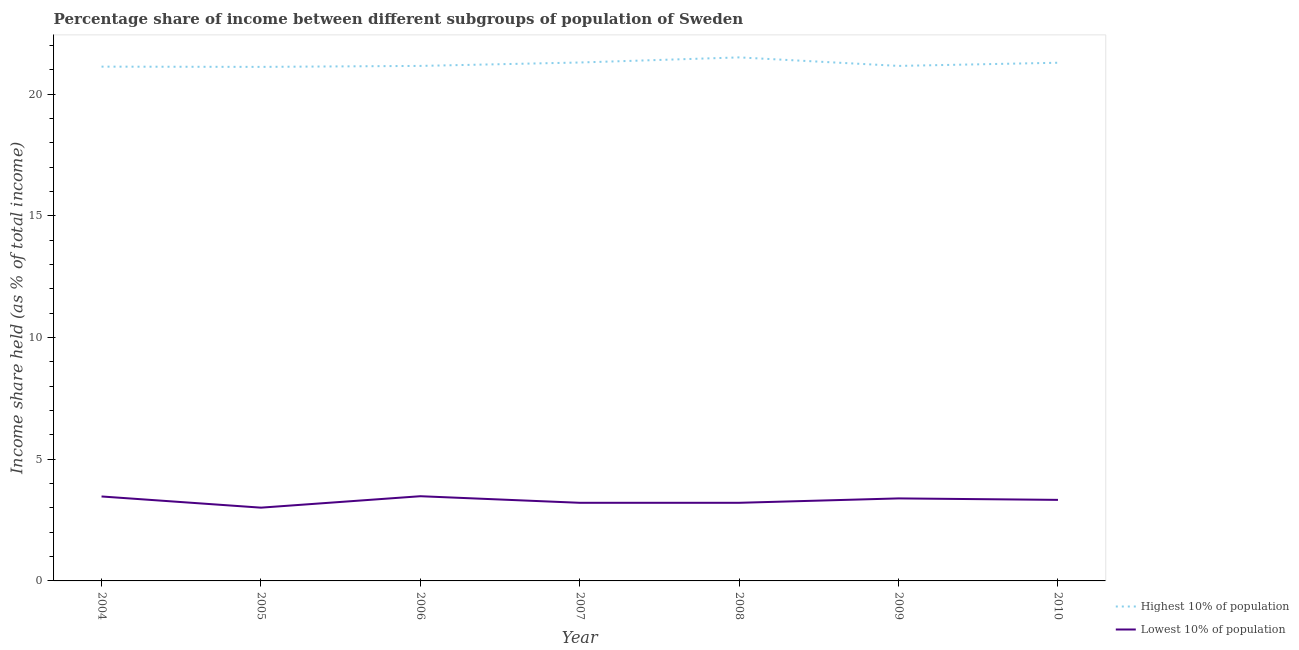
| Year | Highest 10% of population | Lowest 10% of population |
 | --- | --- | --- |
 | 2004 | 21.1 | 3.47 |
 | 2005 | 21.1 | 3.01 |
 | 2006 | 21.2 | 3.48 |
 | 2007 | 21.3 | 3.21 |
 | 2008 | 21.5 | 3.21 |
 | 2009 | 21.2 | 3.39 |
 | 2010 | 21.3 | 3.33 |